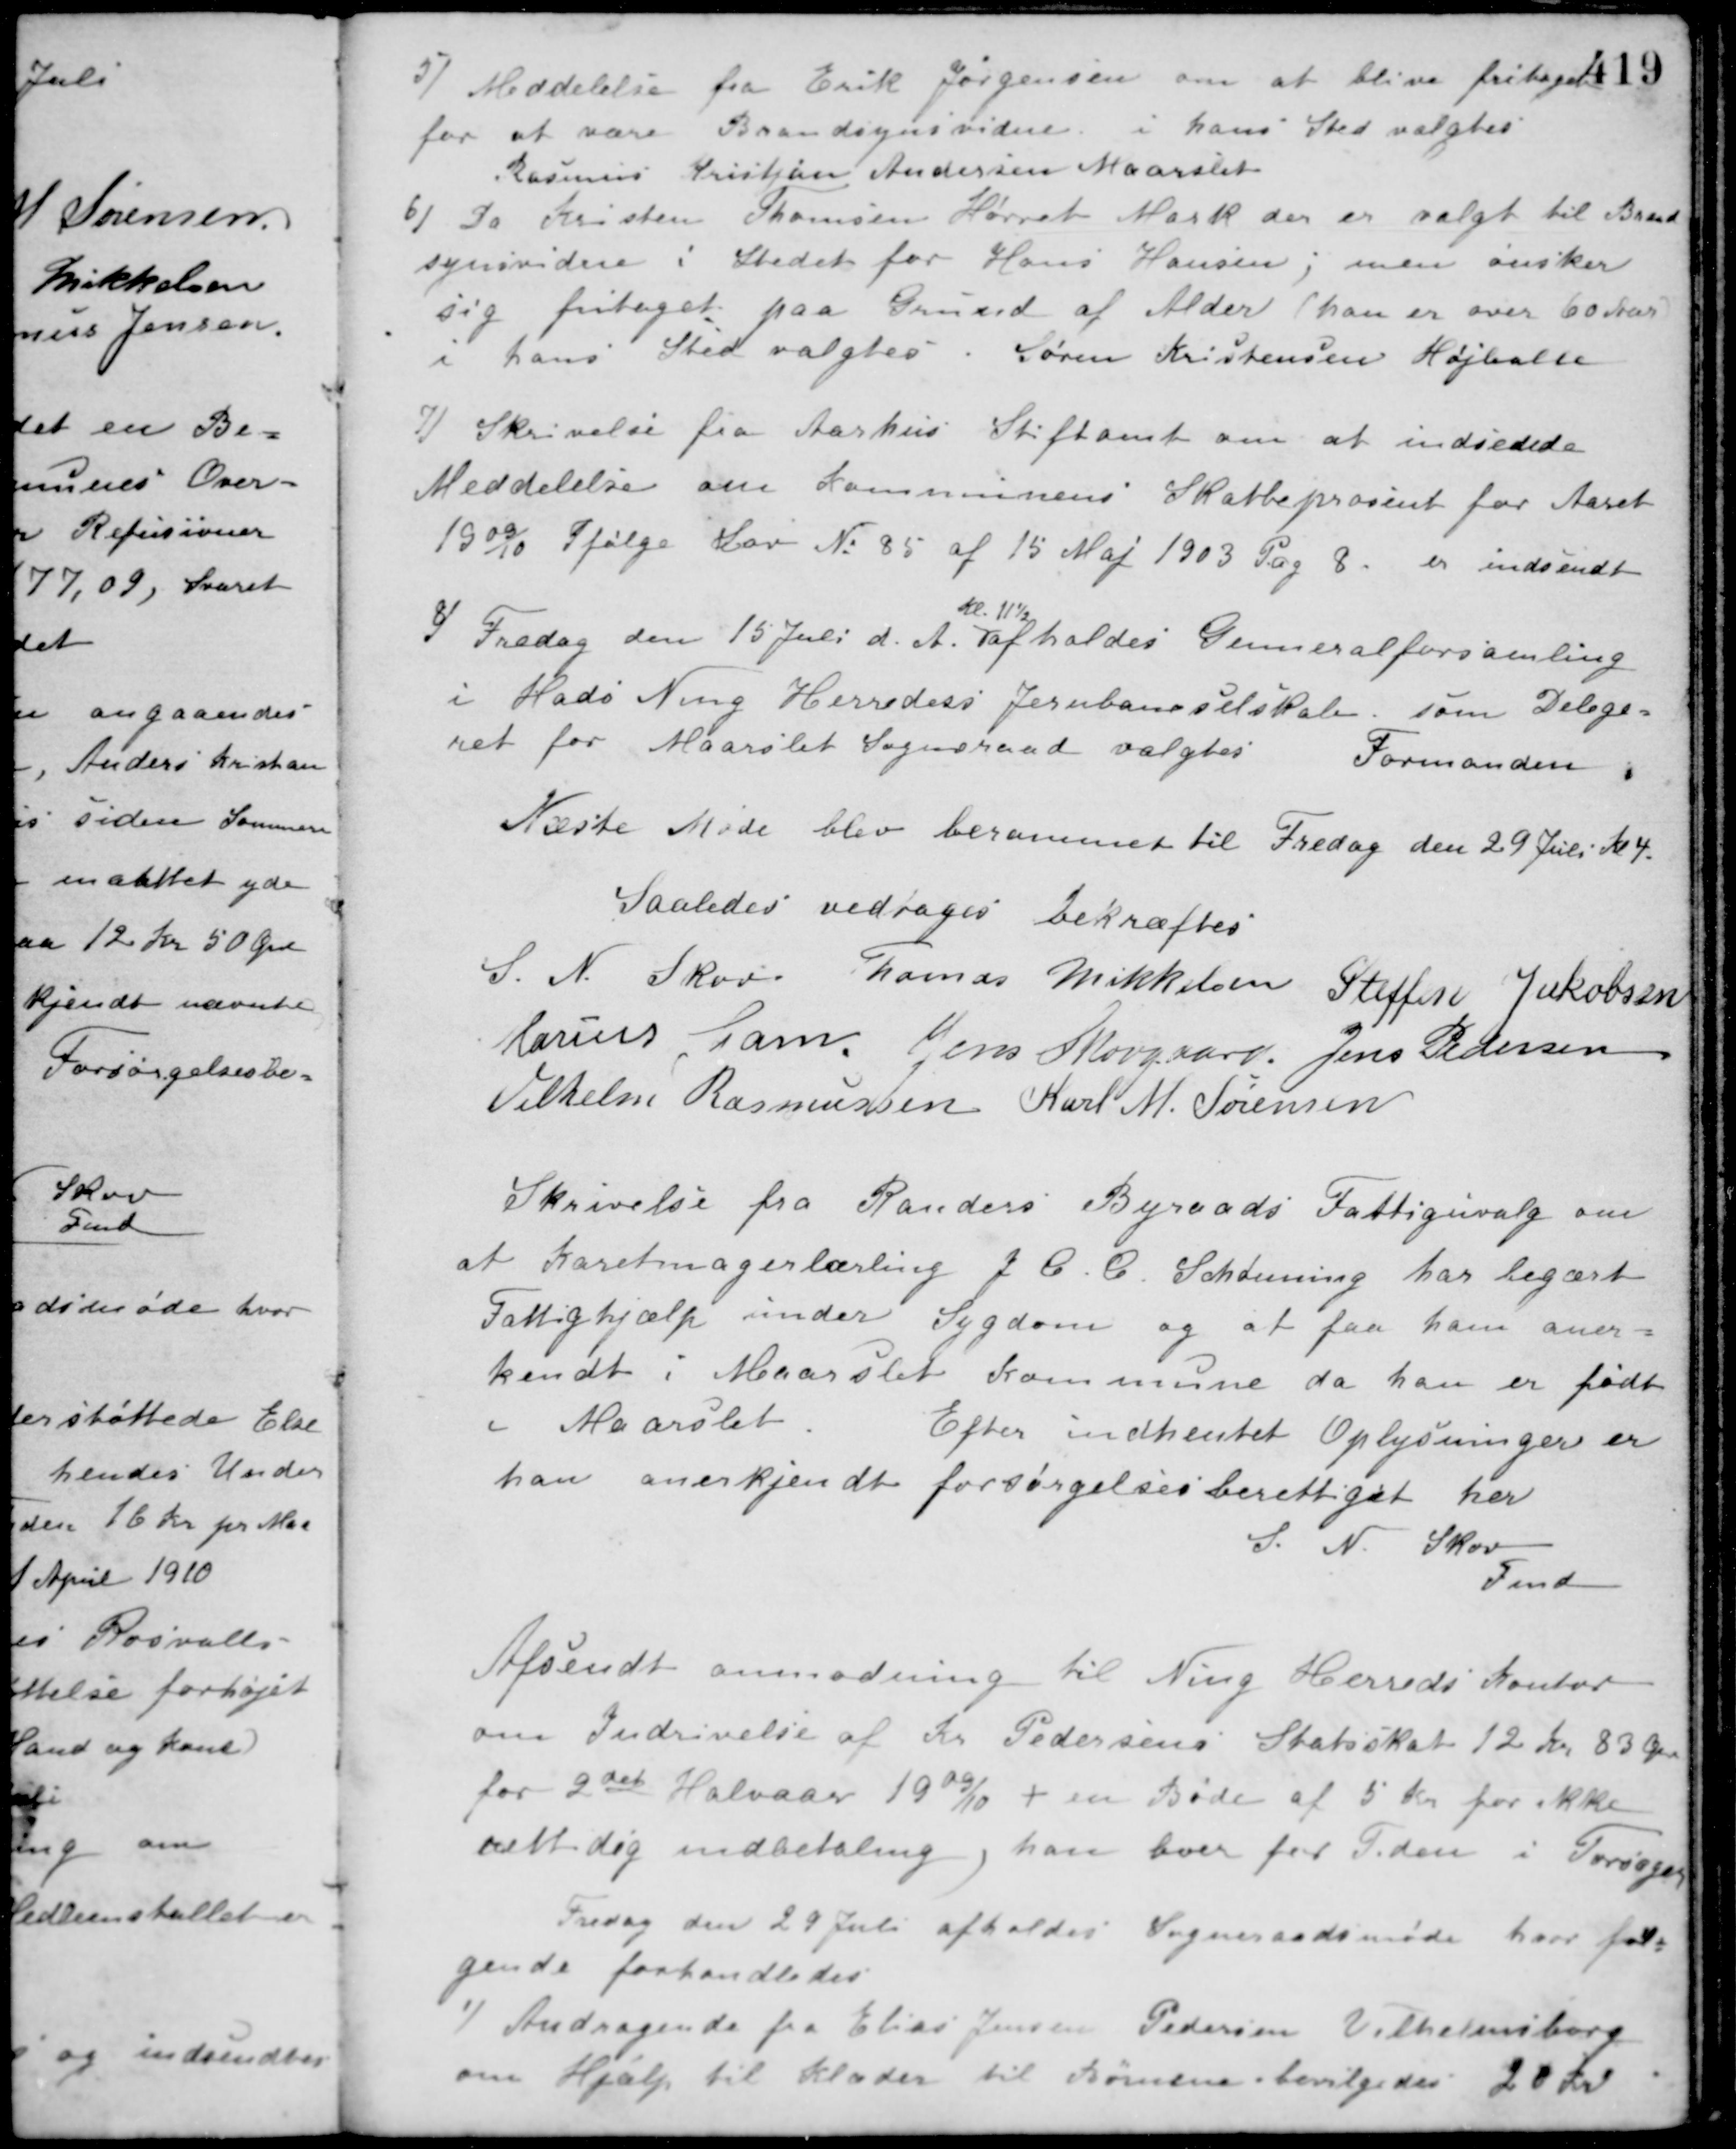
Transskription:
5/ Meddelelse fra Erik Jørgensen om at blive fritaget
for at være Brandsynsvidne i hans Sted valgtes
Rasmus Kristjan Andersen Maarslet
6/ Da Kristen Thomsen Hørret Mark der er valgt til Brand-
synsvidne i Stedet for Hans Hansen; men ønsker
sig fritaget paa Grund af Alder (han er over 60 Aar)
i hans Sted valgtes Søren Kristensen Højballe.
I Skrivelse fra Aarhus Stiftamt om at indsende
Meddelelse om Kommunens Skatteprocent for Aaret
1909/10 Ifølge Lov No 85 af 15 Maj 1903 Pag 8. er indsendt
8/ Fredag den 15 Juli d. A.
Kl. 11½
afholdes Generalforsamling
i Hads Ning Herreders Jernbaneselskab. som Delege-
ret for Maarslet Sogneraad valgtes Formanden.
Næste Møde blev berammet til Fredag den 29 Juli Kl 4.
Saaledes vedtaget bekræftes
S. N. Skov Thomas Mikkelsen Steffen Jakobsen
Marius Gam Jens Skovgaard Jens Pedersen
Vilhelm Rasmussen Karl M. Sørensen
Skrivelse fra Randers Byraads Fattiguvalg om
at Karetmagerlærling J. C. C. Schønning har begært
Fattighjælp under Sygdom og at faa ham aner-
kendt i Maarslet Kommune da han er født
i Maarslet.
Efter indhentet Oplysninger er
han anerkjendt forsørgelsesberettiget her.
S. N. Skov
Fmd.
Afsendt anmodning til Ning Herreds Kontor
om Indrivelse af Kr. Pedersens Statsskat 12 Kr. 83 Øre
for 2det Halvaar 1909/10 + en Bøde af 5 Kr. for ikke
rettidig indbetaling, han boer for Tiden i Torsager.
Fredag den 29 Juli afholdes Sogneraadsmøde hvor føl-
gende forhandledes
1/ Andragende fra Elias Jensen Pedersen Vilhelmsborg
om Hjælp til Klæder til Børnene bevilgedes 20 Kr.